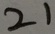
2 1